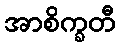
အာစိက္ခတီ